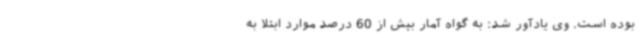
بوده است. وی یادآور شد: به گواه آمار بیش از 60 درصد موارد ابتلا به